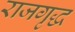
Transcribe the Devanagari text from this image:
राजगृद्ध